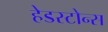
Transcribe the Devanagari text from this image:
हेडस्टोन्स